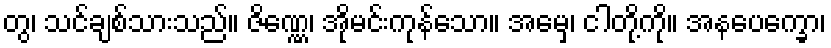
တွ၊ သင်ချစ်သားသည်။ ဇိဏ္ဏေ၊ အိုမင်းကုန်သော။ အမှေ၊ ငါတို့ကို။ အနပေက္ခော၊